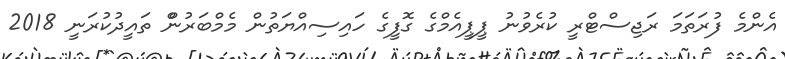
އެންމެ ފުރަތަމަ ރަޖިސްޓްރީ ކުރެވުނު ޕީޕީއެމްގެ ގޮފީގެ ހައިސިއްޔަތުން މެމްބަރުންް ތައީދުކުރަނީ 2018